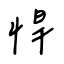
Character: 悍